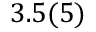
3 . 5 ( 5 ) \